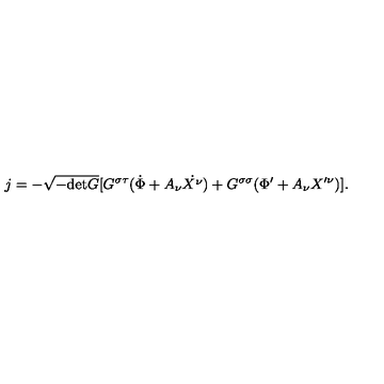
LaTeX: j = - \sqrt { - \mathrm { d e t } G } [ G ^ { \sigma \tau } ( \dot { \Phi } + A _ { \nu } \dot { X ^ { \nu } } ) + G ^ { \sigma \sigma } ( \Phi ^ { \prime } + A _ { \nu } X ^ { \prime \nu } ) ] .